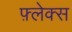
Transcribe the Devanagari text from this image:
फ़्लेक्स